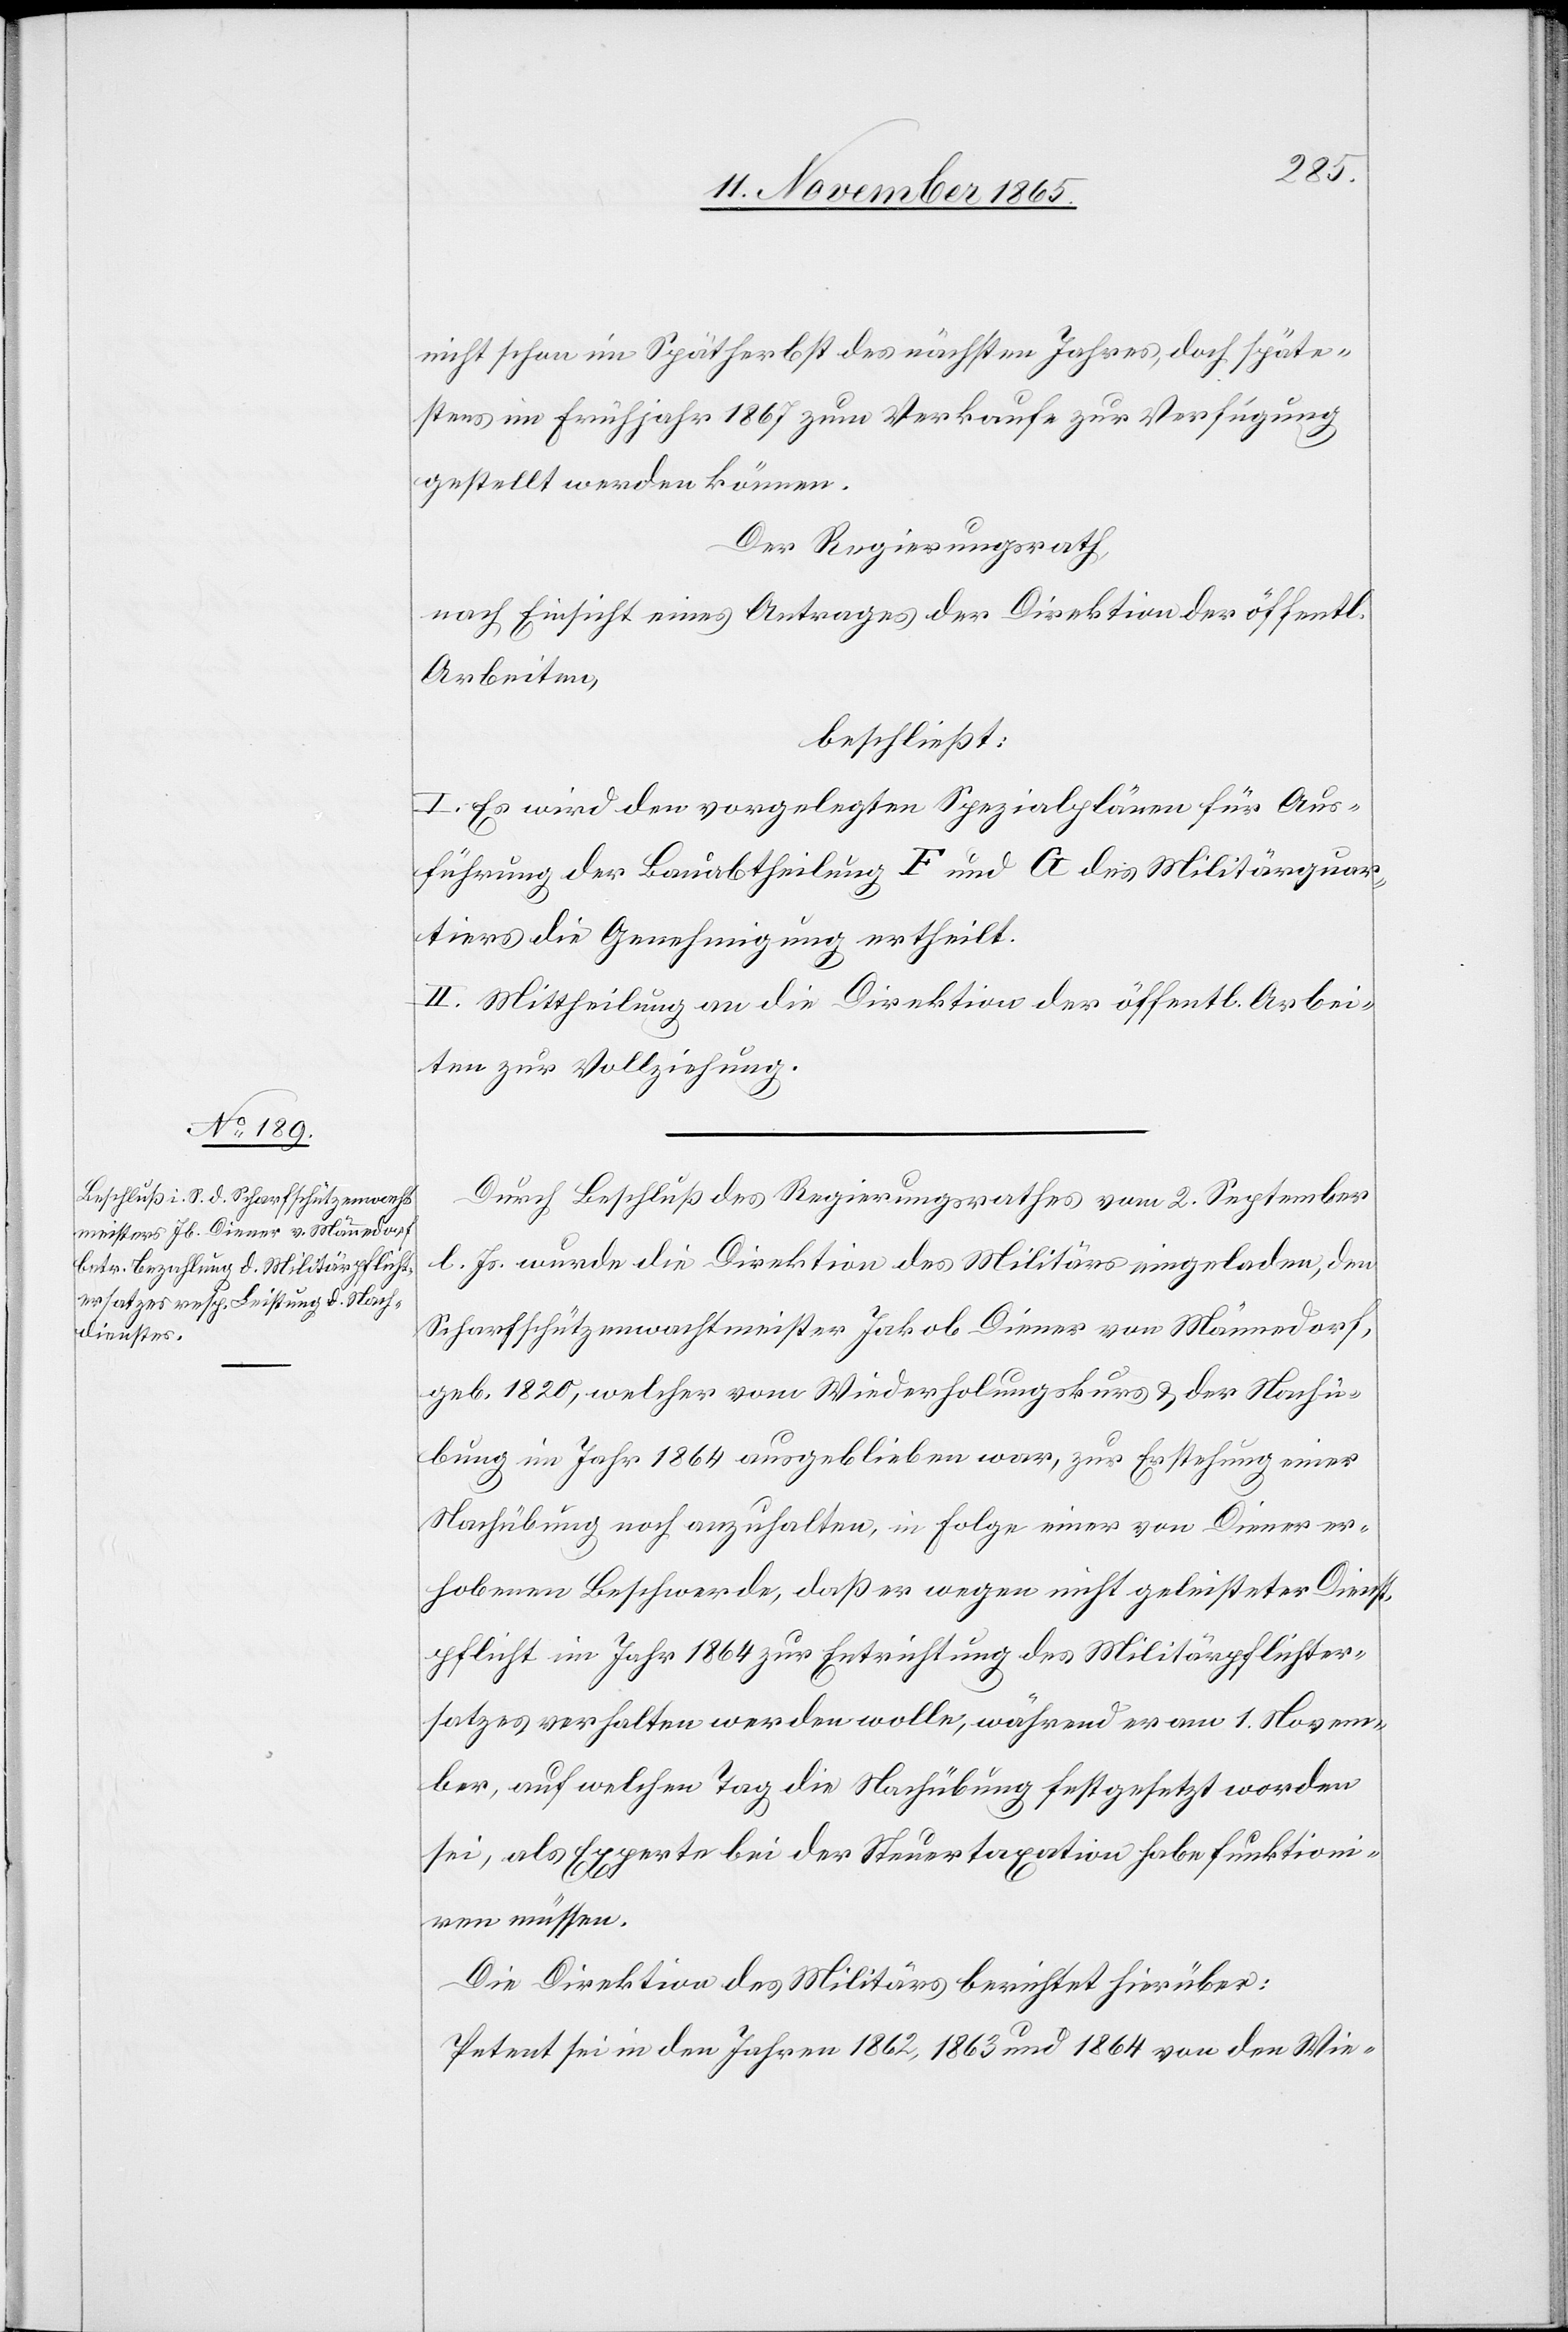
nicht schon im Spätherbst des nächsten Jahres, doch späte¬
stens im Frühjahr 1867 zum Verkaufe zur Verfügung
gestellt werden können.
Der Regierungsrath,
nach Einsicht eines Antrages der Direktion der öffentl.
Arbeiten,
beschließt:
I. Es wird den vorgelegten Spezialplänen für Aus¬
führung der Bauabtheilung F und G des Militärquar¬
tiers die Genehmigung ertheilt.
II. Mittheilung an die Direktion der öffentl. Arbei¬
ten zur Vollziehung.
Durch Beschluß des Regierungsrathes vom 2. September
l. Js. wurde die Direktion des Militärs eingeladen, den
Scharfschützenwachtmeister Jakob Diener von Männedorf,
geb. 1820, welcher vom Wiederholungskurs & der Nachü¬
bung im Jahr 1864 ausgeblieben war, zur Erstehung einer
Nachübung noch anzuhalten, in Folge einer von Diener er¬
hobenen Beschwerde, daß er wegen nicht geleisteter Dienst¬
pflicht im Jahr 1864 zur Entrichtung des Militärpflichter¬
satzes verhalten werden wolle, während er am 1. Novem¬
ber, auf welchen Tag die Nachübung festgesetzt worden
sei, als Experte bei der Steuertaxation habe funktioni¬
ren müssen.
Die Direktion des Militärs berichtet hierüber:
Petent sei in den Jahren 1862, 1863 und 1864 von den Wie-